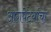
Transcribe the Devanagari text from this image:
आगपेटय़ांचा